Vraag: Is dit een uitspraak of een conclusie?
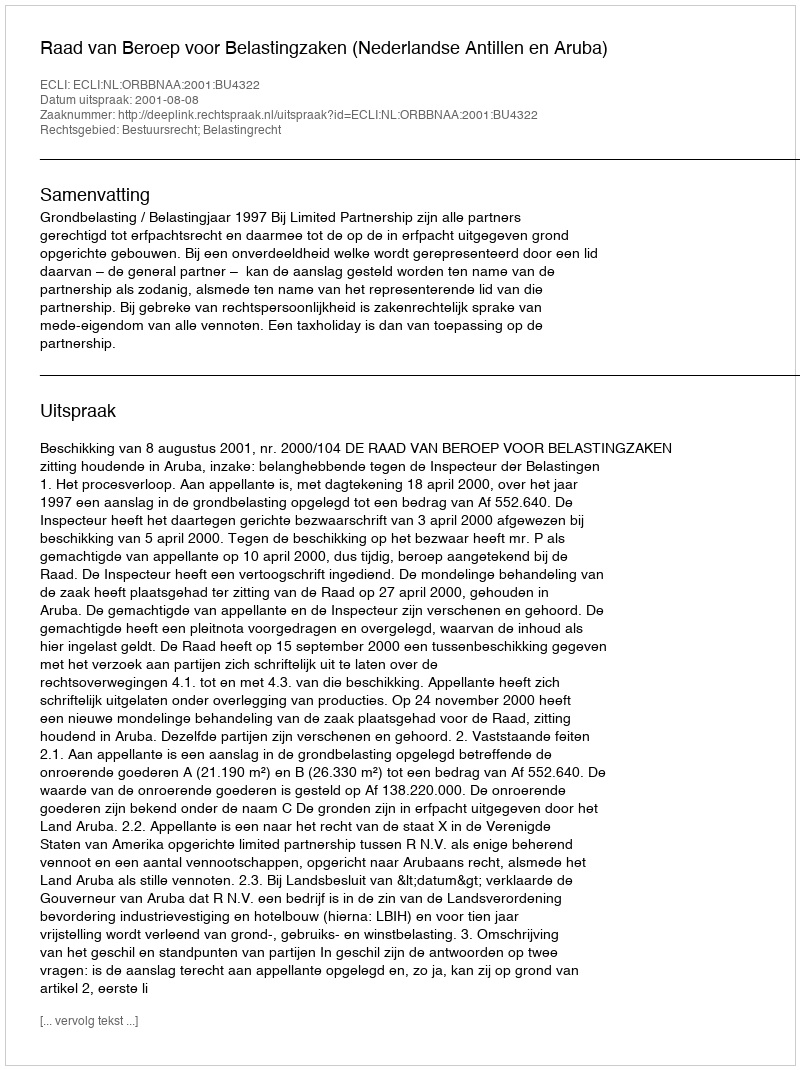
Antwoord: Uitspraak